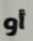
أو